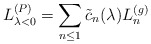
\begin{align*}L_{\lambda <0}^{(P)}=\sum_{n\leq 1}\tilde{c}_{n}(\lambda )L_{n}^{(g)}\end{align*}